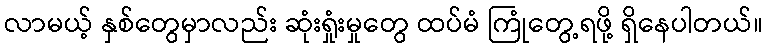
လာမယ့် နှစ်တွေမှာလည်း ဆုံးရှုံးမှုတွေ ထပ်မံ ကြုံတွေ့ရဖို့ ရှိနေပါတယ်။